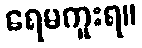
ရေမကူးရ။